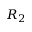
R _ { 2 }